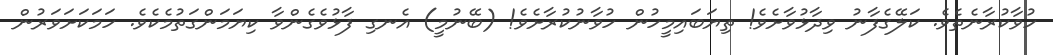
ހުވާކުރާނެތެވެ. ކަލޭގެފާނު ވިދާޅުވާށެވެ! ތިޔަބައިމީހުން ހުވާނުކުރާށެވެ! (ބޭނުމީ) އެނގި ފާޅުވެގެންވާ ކިޔަމަންގަތުމެކެވެ. ހަމަކަށަވަރުން